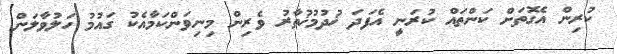
ކުރިން އެގޮތަށް ކަންތައް ކުރަނީ އެފަދަ ޚުދުމުޚުތާރު ވެރިން މިނިވަންކަމާއެކު ގައުމު ހަލުވާލަން